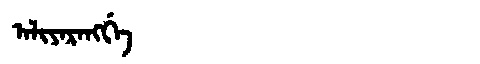
Manchu: ᠠᠯᡳᠶᠠᡵᠠᠩᡤᡝ
Romanization: ALIYARANGGE